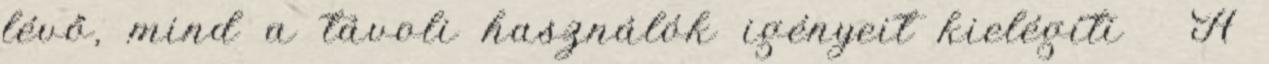
lévő, mind a távoli használók igényeit kielégíti  A